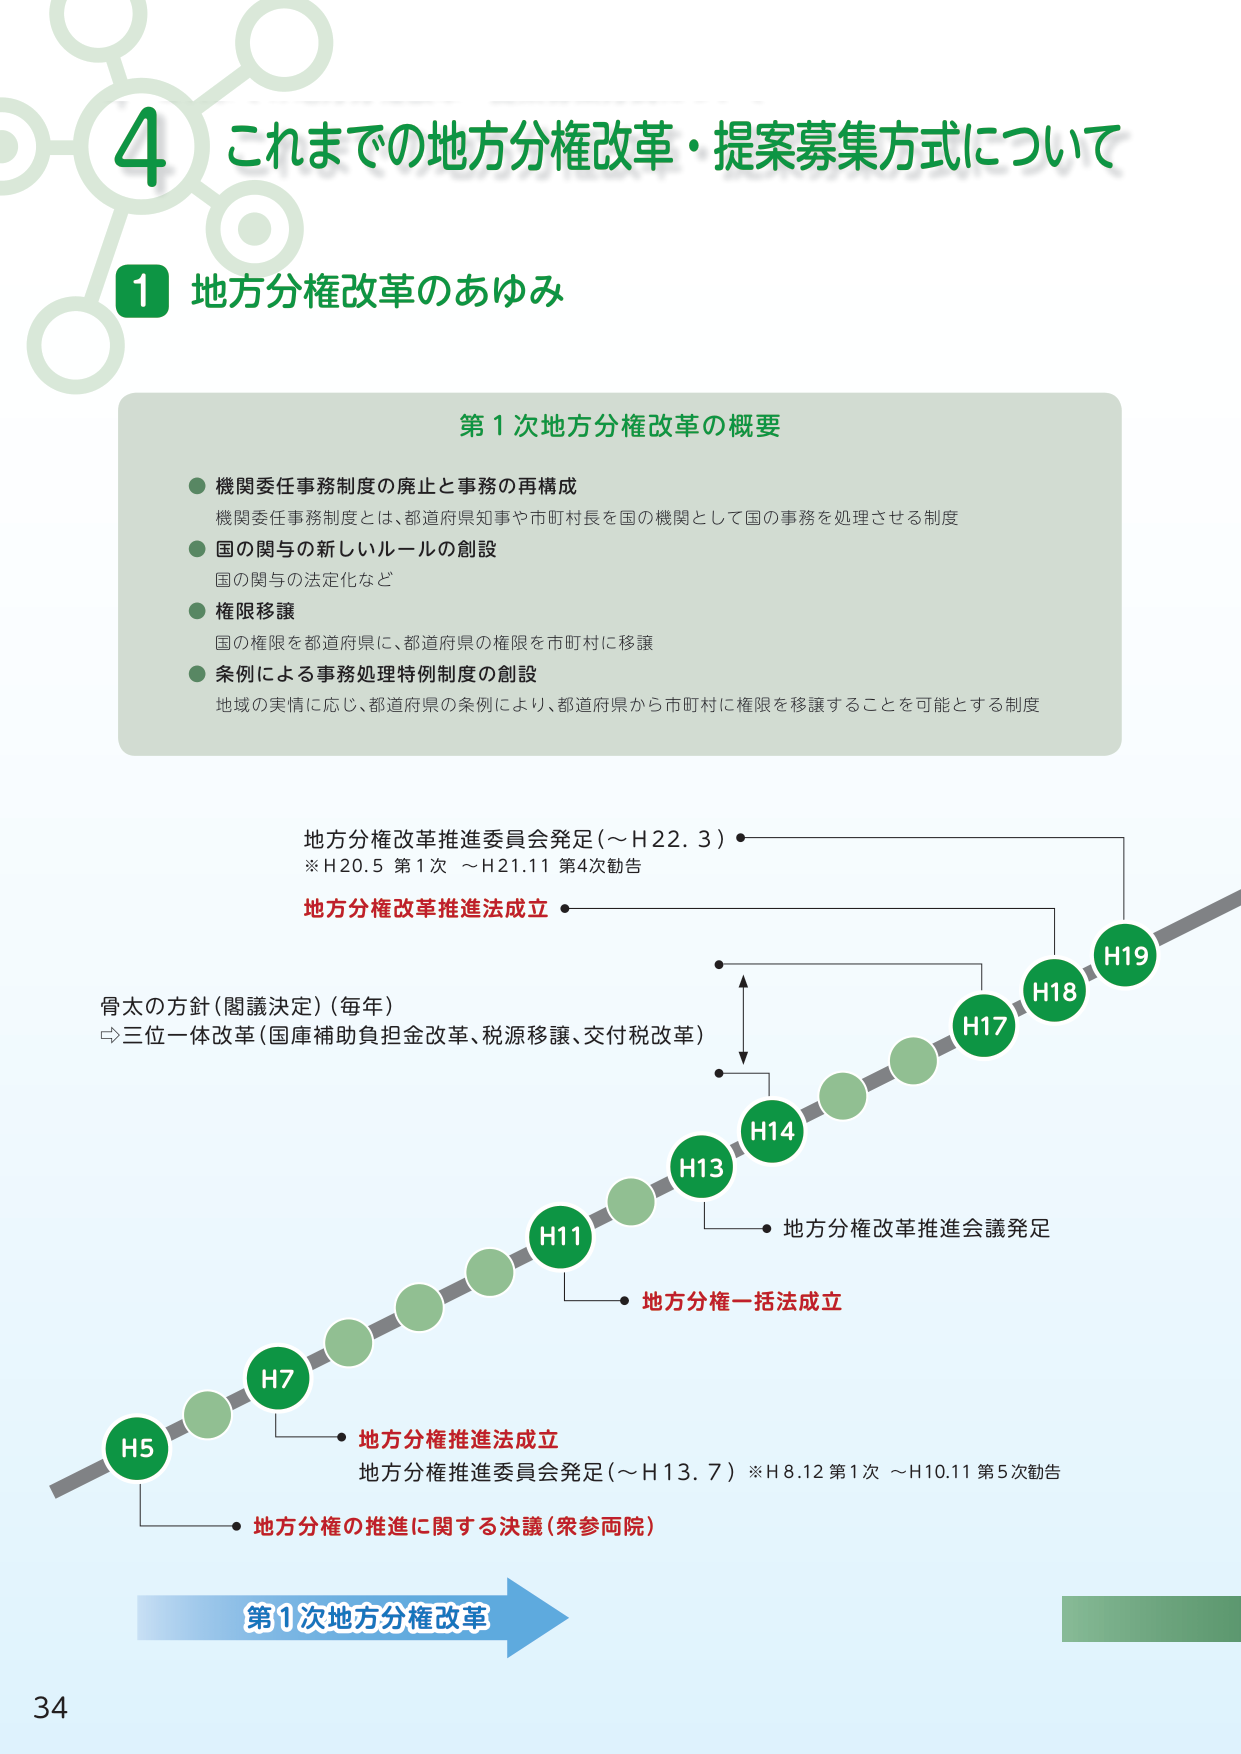
4 これまでの地方分権改革・提案募集方式について

1 地方分権改革のあゆみ

第1次地方分権改革の概要

● 機関委任事務制度の廃止と事務の再構成
機関委任事務制度とは、都道府県知事や市町村長を国の機関として国の事務を処理させる制度

● 国の関与の新しいルールの創設
国の関与の法定化など

● 権限移譲
国の権限を都道府県に、都道府県の権限を市町村に移譲

● 条例による事務処理特例制度の創設
地域の実情に応じ、都道府県の条例により、都道府県から市町村に権限を移譲することを可能とする制度

地方分権改革推進委員会発足（～H22.3）
※H20.5 第1次 ～H21.11 第4次勧告

地方分権改革推進法成立

骨太の方針（閣議決定）（毎年）
⇔三位一体改革（国庫補助負担金改革、税源移譲、交付税改革）

H5
H7
H11
H13
H14
H17
H18
H19

地方分権推進法成立
地方分権推進委員会発足（～H13.7）※H8.12 第1次 ～H10.11 第5次勧告

地方分権の推進に関する決議（衆参両院）

地方分権一括法成立
地方分権改革推進会議発足

第1次地方分権改革

34